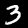
Digit: 3